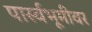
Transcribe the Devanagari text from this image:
पार्स्वभूमीवर